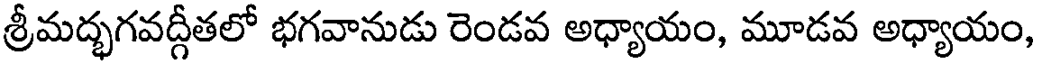
శ్రీమద్భగవద్గీతలో భగవానుడు రెండవ అధ్యాయం, మూడవ అధ్యాయం,